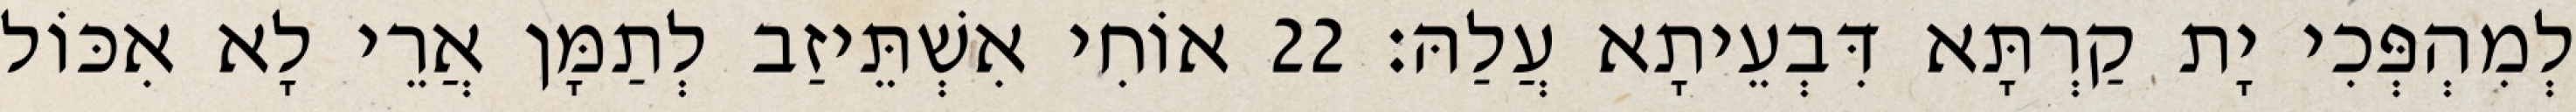
לְמִהְפְּכִי יָת קַרְתָּא דִּבְעֵיתָא עֲלַהּ׃ 22 אוֹחִי אִשְׁתֵּיזַב לְתַמָּן אֲרֵי לָא אִכּוֹל